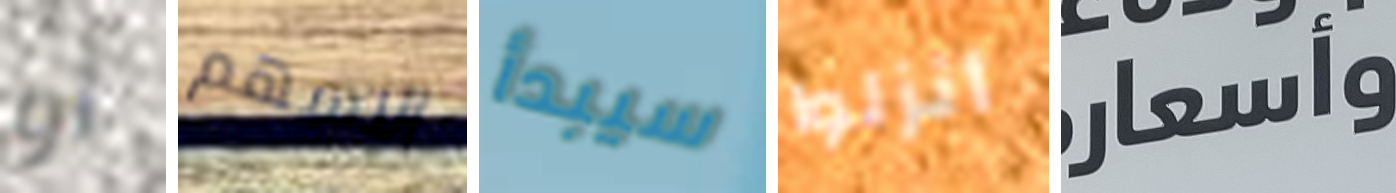
أو الاسهم سيبدأ أنزلوا وأسعار